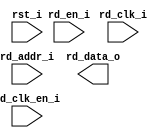
/*******************************************************************************
    Verilog netlist generated by IPGEN Lattice Radiant Software (64-bit)
    3.0.0.24.1
    Soft IP Version: 1.0.2
    2021 12 10 16:43:56
*******************************************************************************/
/*******************************************************************************
    Wrapper Module generated per user settings.
*******************************************************************************/
module CactusSprite (rd_clk_i, rst_i, rd_en_i, rd_clk_en_i, rd_addr_i,
    rd_data_o)/* synthesis syn_black_box syn_declare_black_box=1 */;
    input  rd_clk_i;
    input  rst_i;
    input  rd_en_i;
    input  rd_clk_en_i;
    input  [3:0]  rd_addr_i;
    output  [15:0]  rd_data_o;
endmodule